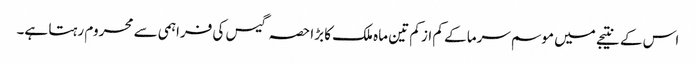
اس کے نتیجے میں موسم سرما کے کم از کم تین ماہ ملک کا بڑا حصہ گیس کی فراہمی سے محروم رہتا ہے۔